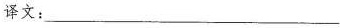
译文：___